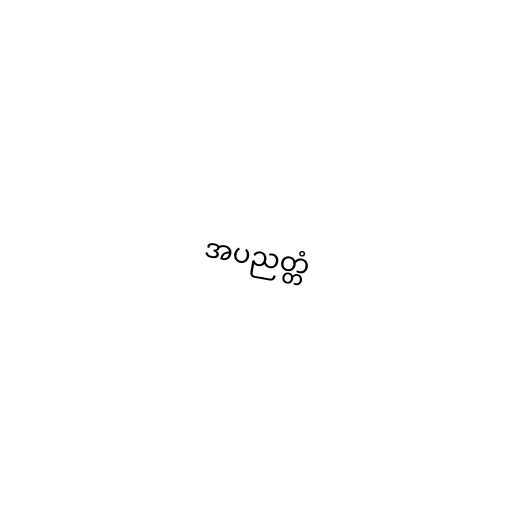
အပညတ္တံ